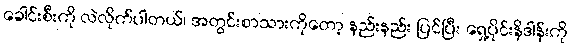
ခေါင်းစီးကို လဲလိုက်ပါတယ်၊ အတွင်းစာသားကိုတော့ နည်းနည်း ပြင်ပြီး ရှေ့ပိုင်းနိဒါန်းကို